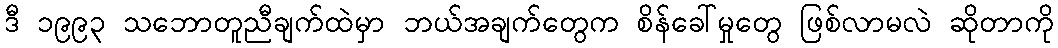
ဒီ ၁၉၉၃ သဘောတူညီချက်ထဲမှာ ဘယ်အချက်တွေက စိန်ခေါ်မှုတွေ ဖြစ်လာမလဲ ဆိုတာကို